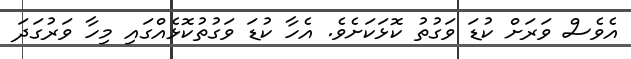
އެވެސް ވަރަށް ކުޑަ ވަގުތު ކޮޅަކަށެވެ. އެހާ ކުޑަ ވަގުތުކޮޅެއްގައި މިހާ ވަރުގަދަ